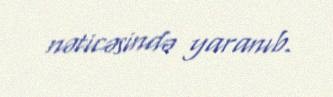
nəticəsində yaranıb.